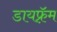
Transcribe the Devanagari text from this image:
डायफ़्रॅम